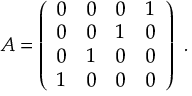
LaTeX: T _ { \theta \theta } = \frac { l } { 1 6 \pi G } \, , \qquad T _ { \phi \phi } = \frac { l } { 1 6 \pi G } \sinh ^ { 2 } \theta \, ,